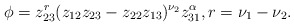
\begin{align*}\phi=z_{23}^r (z_{12}z_{23}-z_{22}z_{13})^{\nu_2} z_{31}^{\alpha},r=\nu_1-\nu_2.\end{align*}